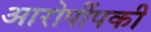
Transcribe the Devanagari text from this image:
आरोपींपकी